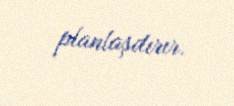
planlaşdırır.